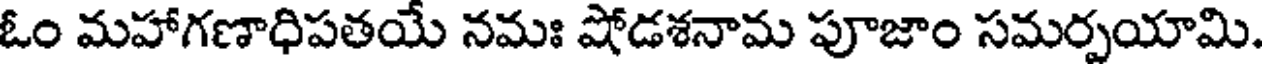
ఓం మహాగణాధిపతయే నమః షోడశనామ పూజాం సమర్పయామి.